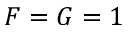
F = G = 1